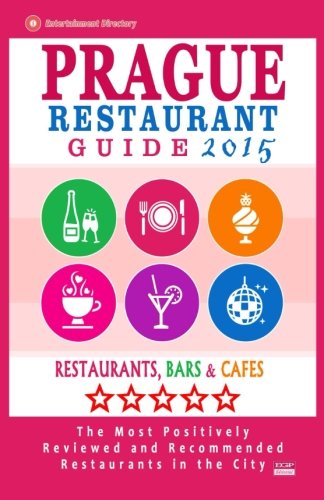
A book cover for Prague Restaurant Guide 2015: Best Rated Restaurants in Prague, Czech Republic - 400 restaurants, bars and cafÃ©s recommended for visitors, 2015.; Stuart H. Gundrey; Travel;